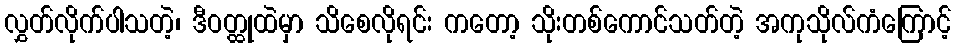
လွှတ်လိုက်ပါသတဲ့၊ ဒီဝတ္ထုထဲမှာ သိစေလိုရင်း ကတော့ သိုးတစ်ကောင်သတ်တဲ့ အကုသိုလ်ကံကြောင့်